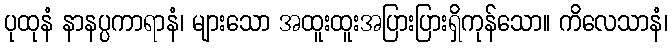
ပုထုနံ နာနပ္ပကာရာနံ၊ များသော အထူးထူးအပြားပြားရှိကုန်သော။ ကိလေသာနံ၊